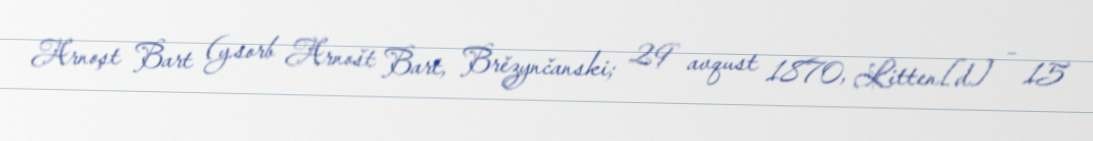
Arnoşt Bart (y.sorb Arnošt Bart, Brězynčanski; 29 avqust 1870, Litten[d] – 15